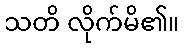
သတိ လိုက်မိ၏။